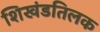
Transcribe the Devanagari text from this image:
शिखंडतिलक